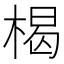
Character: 楬